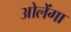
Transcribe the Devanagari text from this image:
ओलेंगा